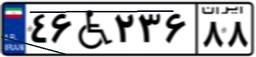
۲۲W۹۱۹۶۱